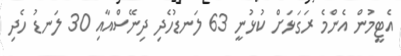
އެޓީމުން އެންމެ ރަގަޅަށް ކުޅުނީ 63 ލަނޑުހެދި ދިނޭސްއާއި 30 ލަނޑު ހެދި